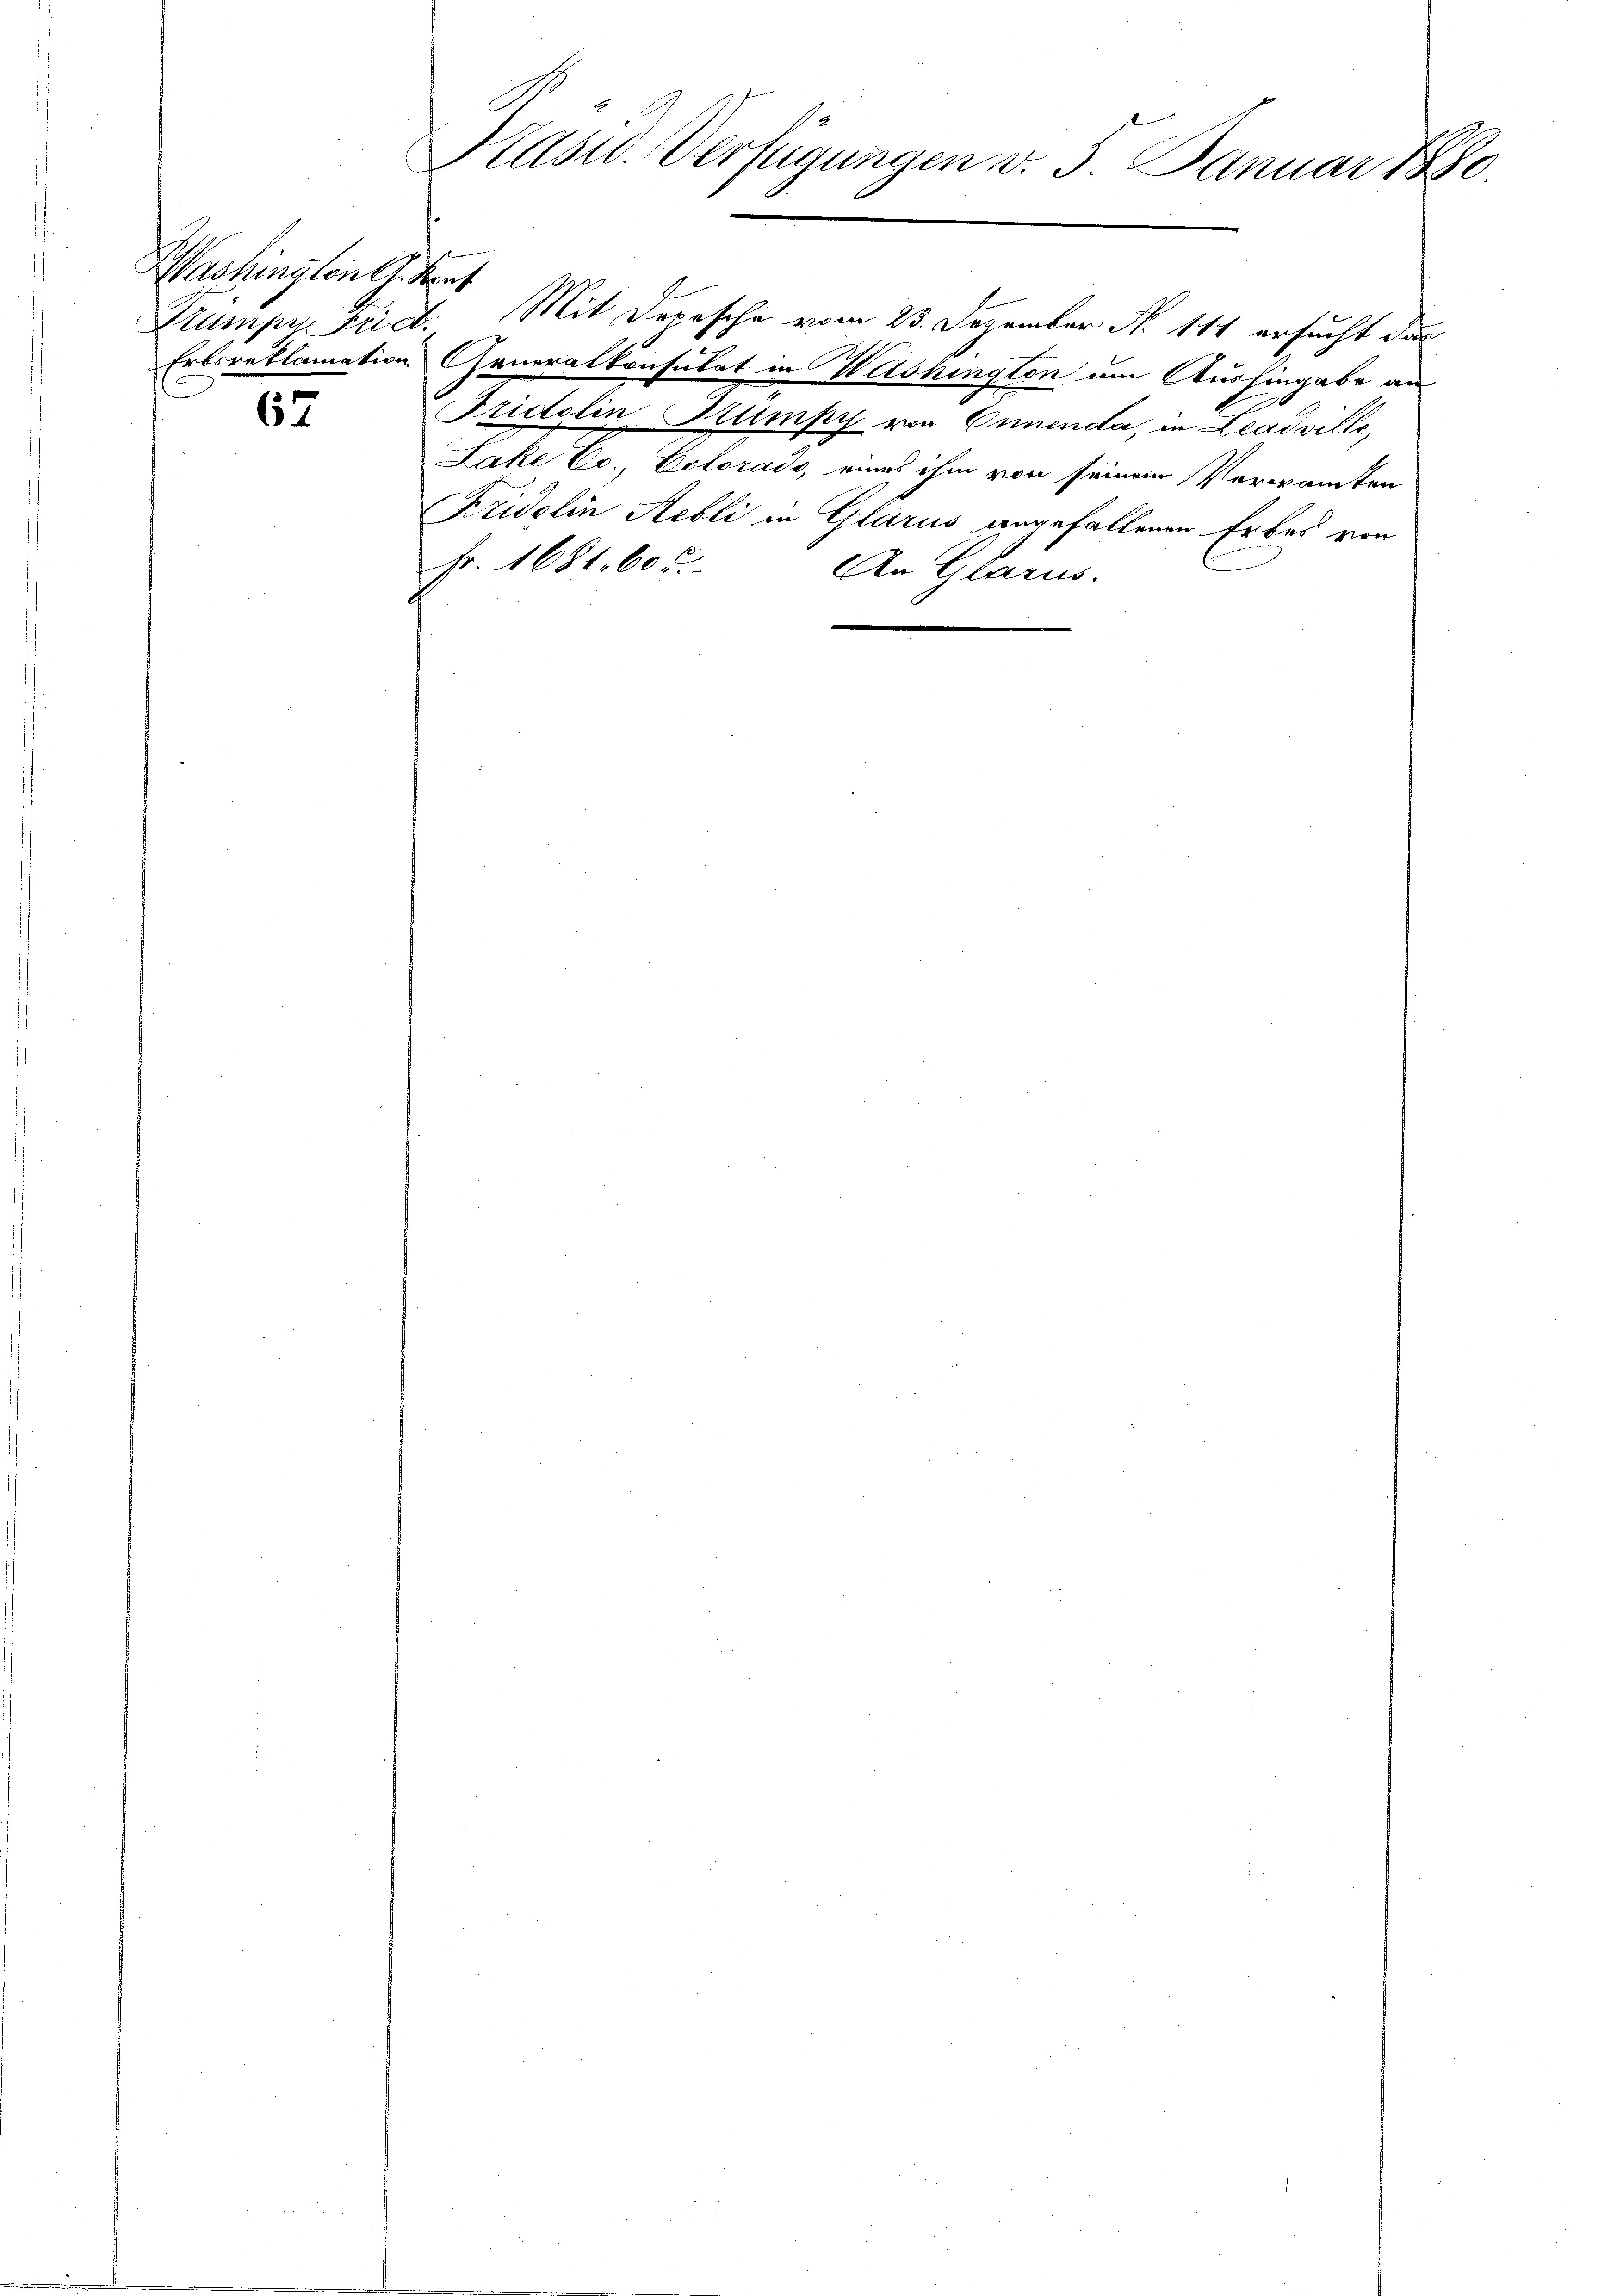
Washingten h. Kant

67

Präsid. Verfügungen v. 5. Januar 1880.

Stumper Friet. Mit Depesche vom 23. Dezember N. 111 ersucht der
Erbsreklamation Generalkonsulat in Washington um Aushingabe an
Fridolin Trümpy von Onnenda, in Leadville
Lake Ec., Colorado, eines ihm von seinem Verwandten
Fridolin Rebli in Glarus angefallenen Erbes von
Fr. 1681. 605.
An Glarus.